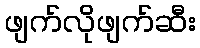
ဖျက်လိုဖျက်ဆီး